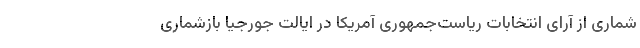
شماری از آرای انتخابات ریاست‌جمهوری آمریکا در ایالت جورجیا بازشماری